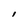
Character: i